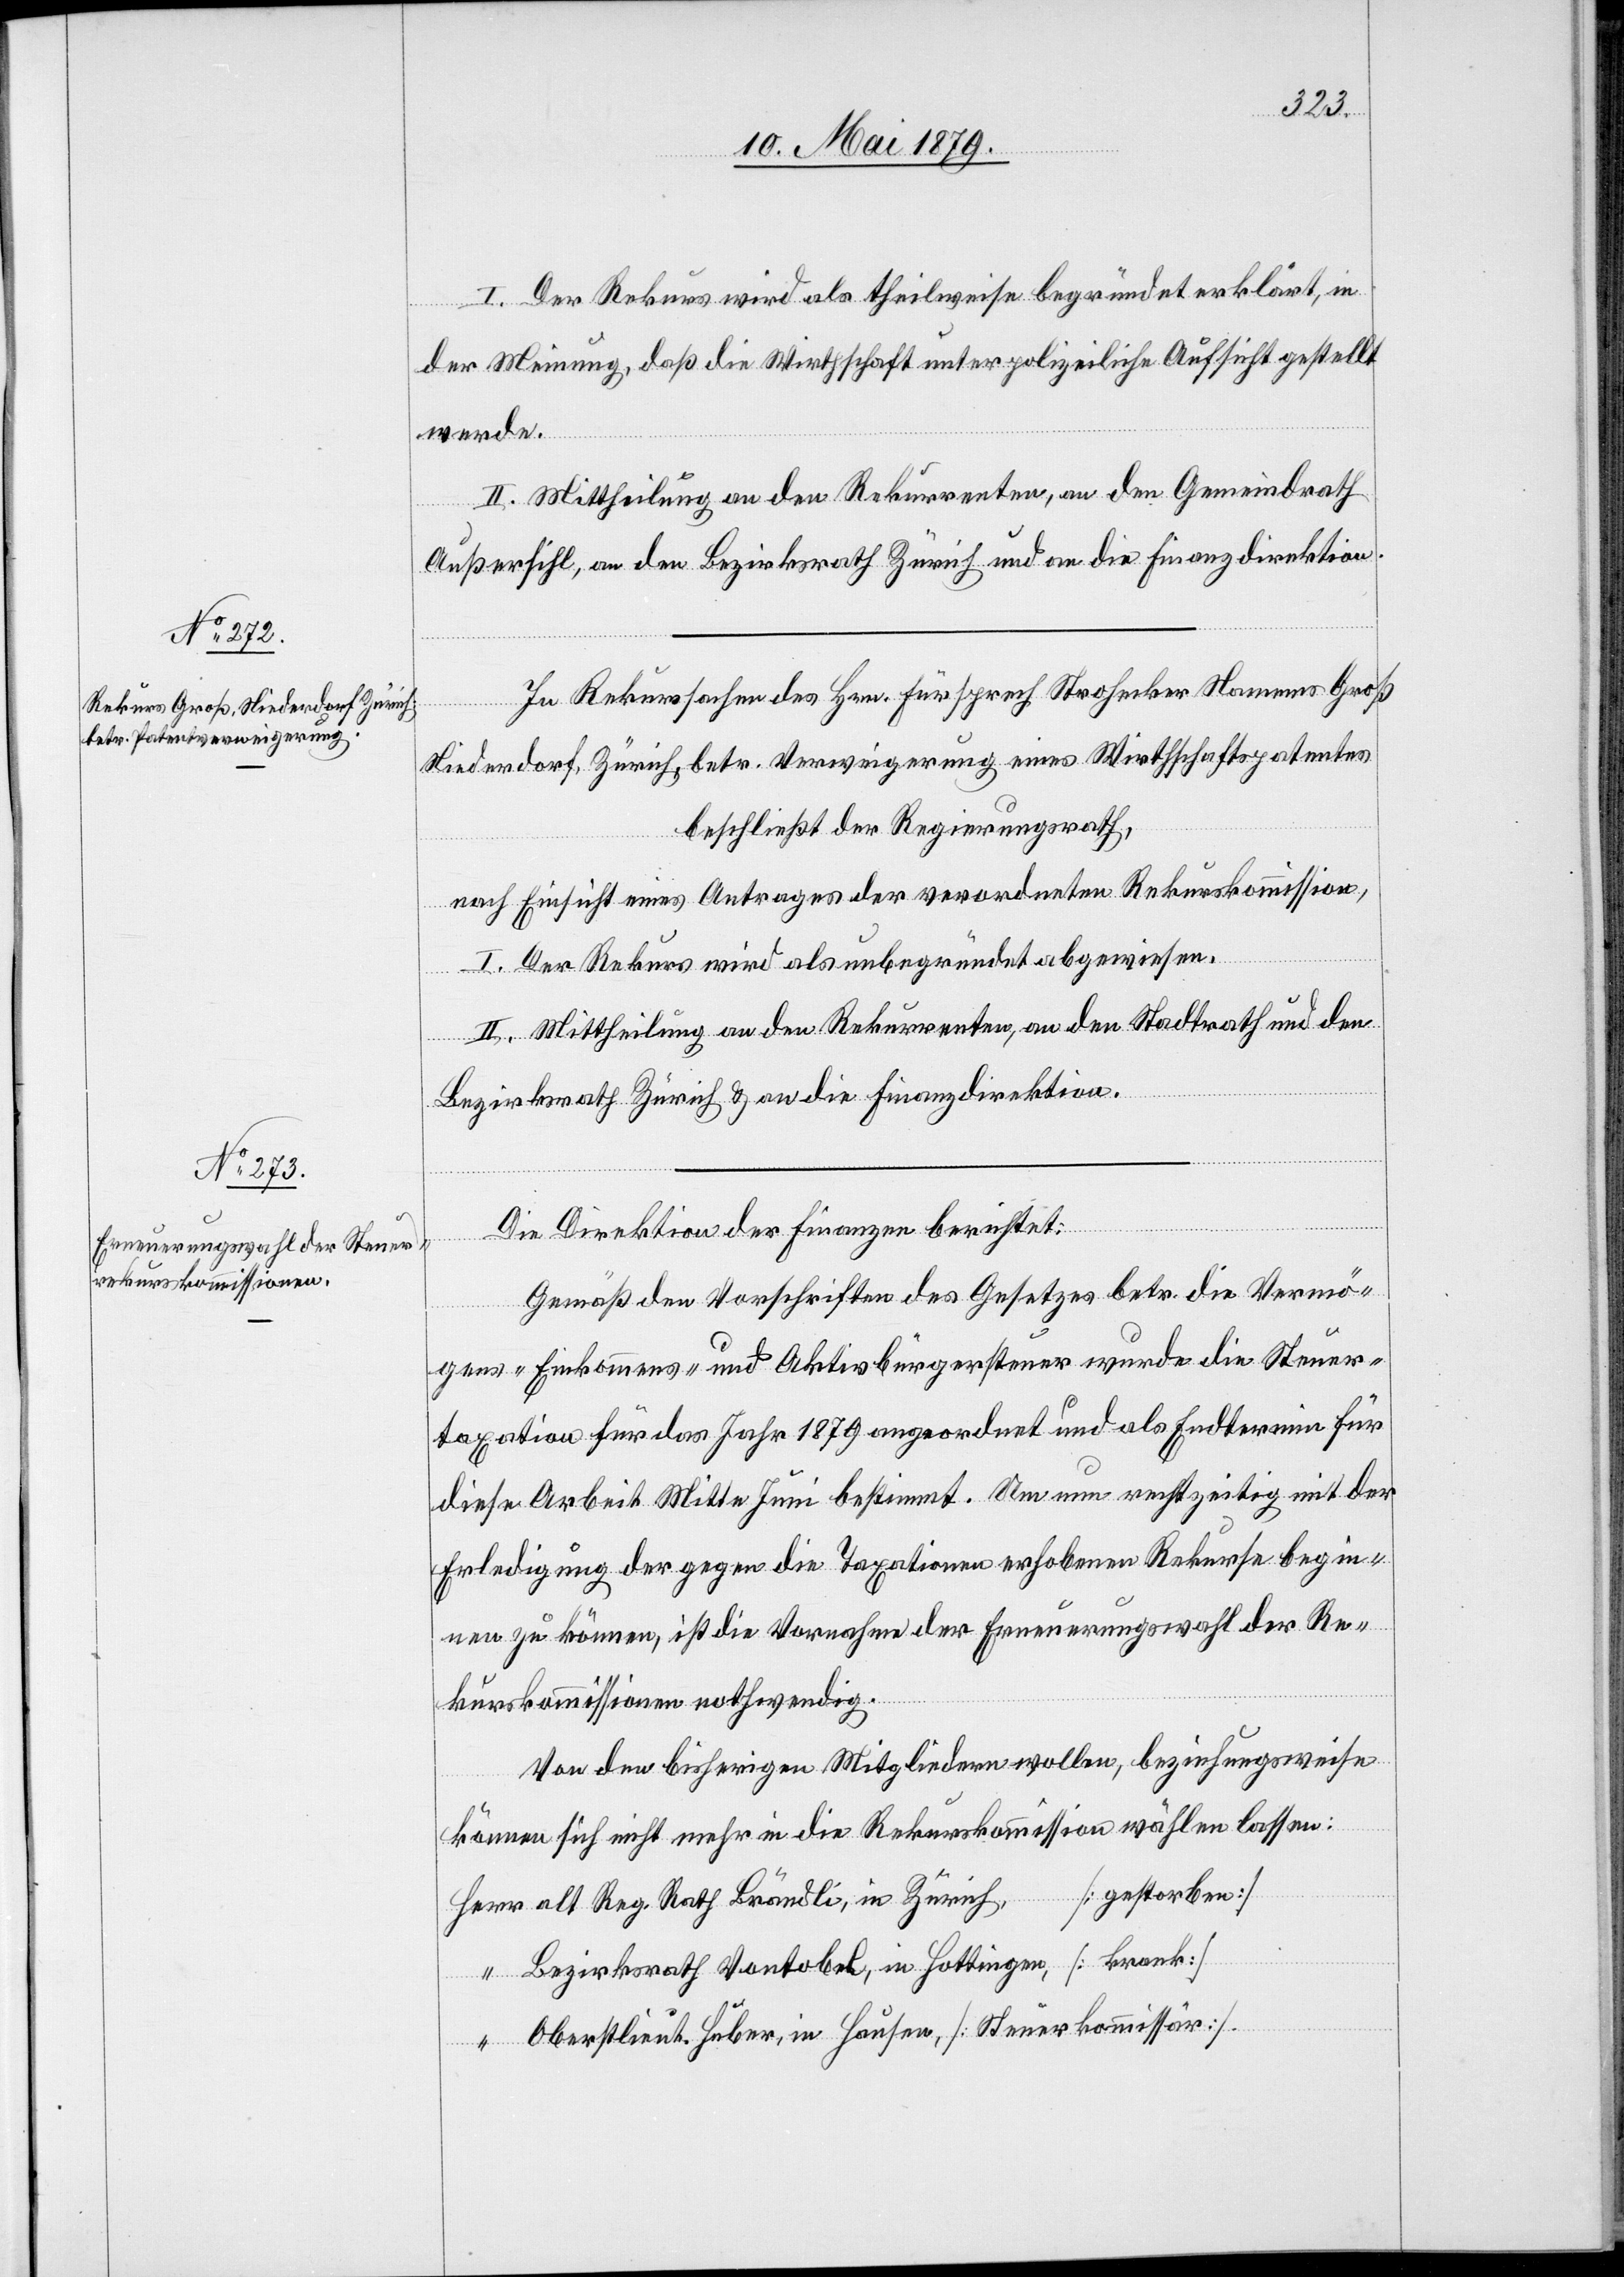
I. Der Rekurs wird als theilweise begründet erklärt, in
der Meinung, daß die Wirthschaft unter polizeiliche Aufsicht gestellt
werde.
II. Mittheilung an den Rekurrenten, an den Gemeindrath
Außersihl, an den Bezirksrath Zürich und an die Finanzdirektion.
In Rekurssachen des Hrn. Fürsprech Strohecker Namens Groß[,]
Niederdorf, Zürich, betr. Verweigerung eines Wirthschaftspatentes
beschließt der Regierungsrath,
nach Einsicht eines Antrages der verordneten Rekurskommission,
Herr
I. Der Rekurs wird als unbegründet abgewiesen.
II. Mittheilung an den Rekurrenten, an den Stadtrath und den
Bezirksrath Zürich & an die Finanzdirektion.
Die Direktion der Finanzen berichtet:
Gemäß den Vorschriften des Gesetzes betr. die Vermö¬
gens- Einkommens- und Aktivbürgersteuer wurde die Steuer¬
taxation für das Jahr 1879 angeordnet und als Endtermin für
diese Arbeit Mitte Juni bestimmt. Um nun rechtzeitig mit der
Erledigung der gegen die Taxationen erhobenen Rekurse begin¬
nen zu können, ist die Vornahme der Erneuerungswahl der Re¬
kurskommissionen nothwendig.
Von den bisherigen Mitgliedern wollen, beziehungsweise
können sich nicht mehr in die Rekurskommission wählen lassen:
[gestorben]
alt Reg. Rath Brändli, in Zürich
Bezirksrath Vontobel, in Hottingen, [krank]
Oberstlieut. Huber, in Hausen, [Steuerkommissär].